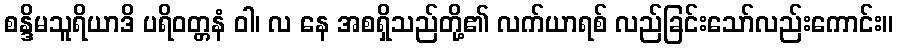
စန္ဒိမသူရိယာဒိ ပရိဝတ္တနံ ဝါ၊ လ နေ အစရှိသည်တို့၏ လက်ယာရစ် လည်ခြင်းသော်လည်းကောင်း။